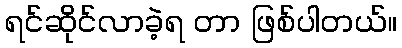
ရင်ဆိုင်လာခဲ့ရ တာ ဖြစ်ပါတယ်။